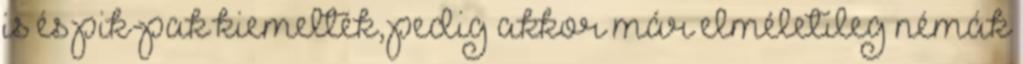
is és pik-pak kiemelték, pedig akkor már elméletileg némák